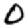
Digit: 0